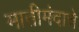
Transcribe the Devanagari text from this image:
मातीमंदाचे